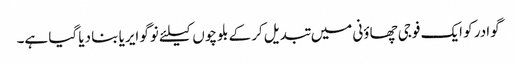
گوادر کو ایک فوجی چھاؤنی میں تبدیل کرکے بلوچوں کیلئے نوگو ایریا بنا دیا گیا ہے۔